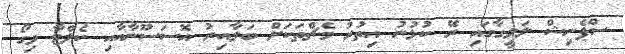
ސްޕެނިޝް ލަލީގާގައި ރޭ ކުޅުނު އިތުރު މެޗްތަކަށް ބަލާއިރު އޮސަސޫނާއާއި ކެލްޓާ ވިގޯ